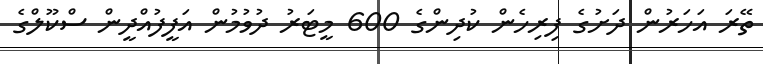
ތޭރަ އަހަރުން ދަށުގެ ފިރިހެން ކުދިންގެ 600 މީޓަރު ދުވުމުން އަފީފުއްދީން ސްކޫލްގެ